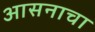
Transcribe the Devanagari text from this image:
आसनाचा